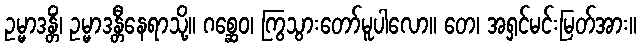
ဥမ္မာဒန္တိံ၊ ဥမ္မာဒန္တီနေရာသို့။ ဂစ္ဆေဝ၊ ကြွသွားတော်မူပါလော။ တေ၊ အရှင်မင်းမြတ်အား။